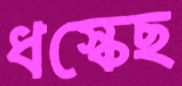
ধস্‌কেছ